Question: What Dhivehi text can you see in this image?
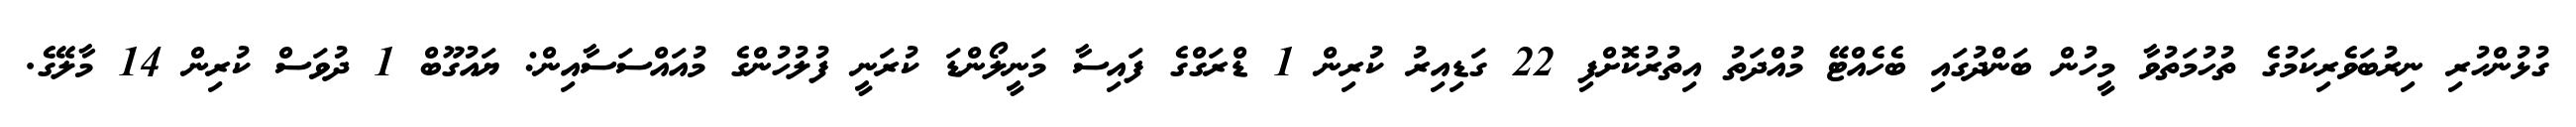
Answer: ގުޅުންހުރި ނިރުބަވެރިކަމުގެ ތުހުމަތުވާ މީހުން ބަންދުގައި ބެހެއްޓޭ މުއްދަތު އިތުރުކޮށްފި 22 ގަޑިއިރު ކުރިން 1 ޑްރަގްގެ ފައިސާ މަނީލޯންޑަ ކުރަނީ ފުލުހުންގެ މުއައްސަސާއިން: ޔައުގޫބް 1 ދުވަސް ކުރިން 14 މާލޭގެ.